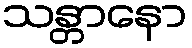
သန္တာနော